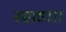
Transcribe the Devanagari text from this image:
स्वाहा॥